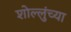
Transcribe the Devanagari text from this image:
शोल्लुंच्या